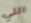
التي